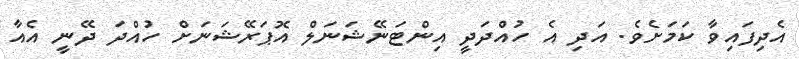
އެދިފައިވާ ކަމަށެވެ. އަދި އެ ހުއްދަދީ އިންޓަނޭޝަނަލް އޮޕަރޭޝަނަށް ހުއްދަ ދޭނީ އެއާ